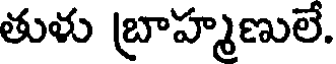
తుళు బ్రాహ్మణులే.